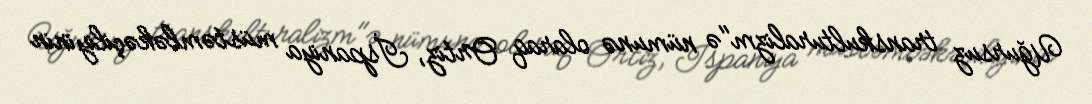
Uğursuz transkulturalizm"ə nümunə olaraq Ortiz, İspaniya müstəmləkəçiliyinin